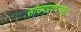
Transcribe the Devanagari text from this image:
सांख्यप्रवचनसूत्र।